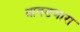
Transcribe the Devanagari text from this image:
आवडणारा